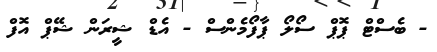
- ބެސްޓް ޕޮޕް ސޯލޯ ޕާފޯމެންސް - އެޑް ޝީރަން ޝޭޕް އޮފް